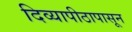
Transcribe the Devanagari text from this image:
दिव्यापीठापासून